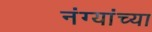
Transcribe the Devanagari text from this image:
नंग्यांच्या